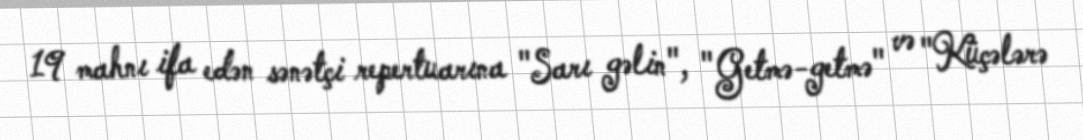
19 mahnı ifa edən sənətçi repertuarına "Sarı gəlin", "Getmə-getmə" və "Küçələrə